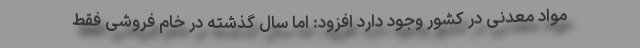
مواد معدنی در کشور وجود دارد افزود: اما سال گذشته در خام فروشی فقط